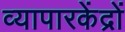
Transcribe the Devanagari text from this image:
व्यापारकेंद्रों